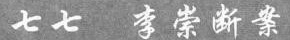
七七李崇断案